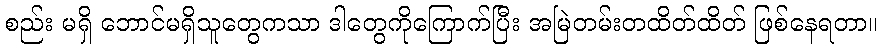
စည်း မရှိ ဘောင်မရှိသူတွေကသာ ဒါတွေကိုကြောက်ပြီး အမြဲတမ်းတထိတ်ထိတ် ဖြစ်နေရတာ။